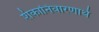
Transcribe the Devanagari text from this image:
शंकानिवारणार्थ